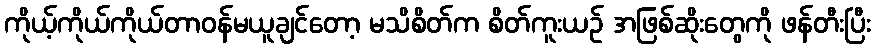
ကိုယ့်ကိုယ်ကိုယ်တာဝန်မယူချင်တော့ မသိစိတ်က စိတ်ကူးယဉ် အဖြစ်ဆိုးတွေကို ဖန်တီးပြီး